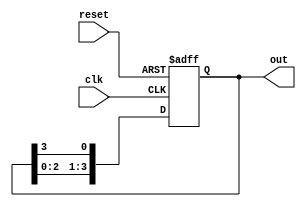
module ring_counter(
  input wire clk,
  input wire reset,
  output reg [3:0] out
);

reg [3:0] state;

always @(posedge clk or posedge reset) begin
  if (reset) begin
    state <= 4'b0000;
  end else begin
    state <= {state[2:0], state[3]};
  end
end

assign out = state;

endmodule